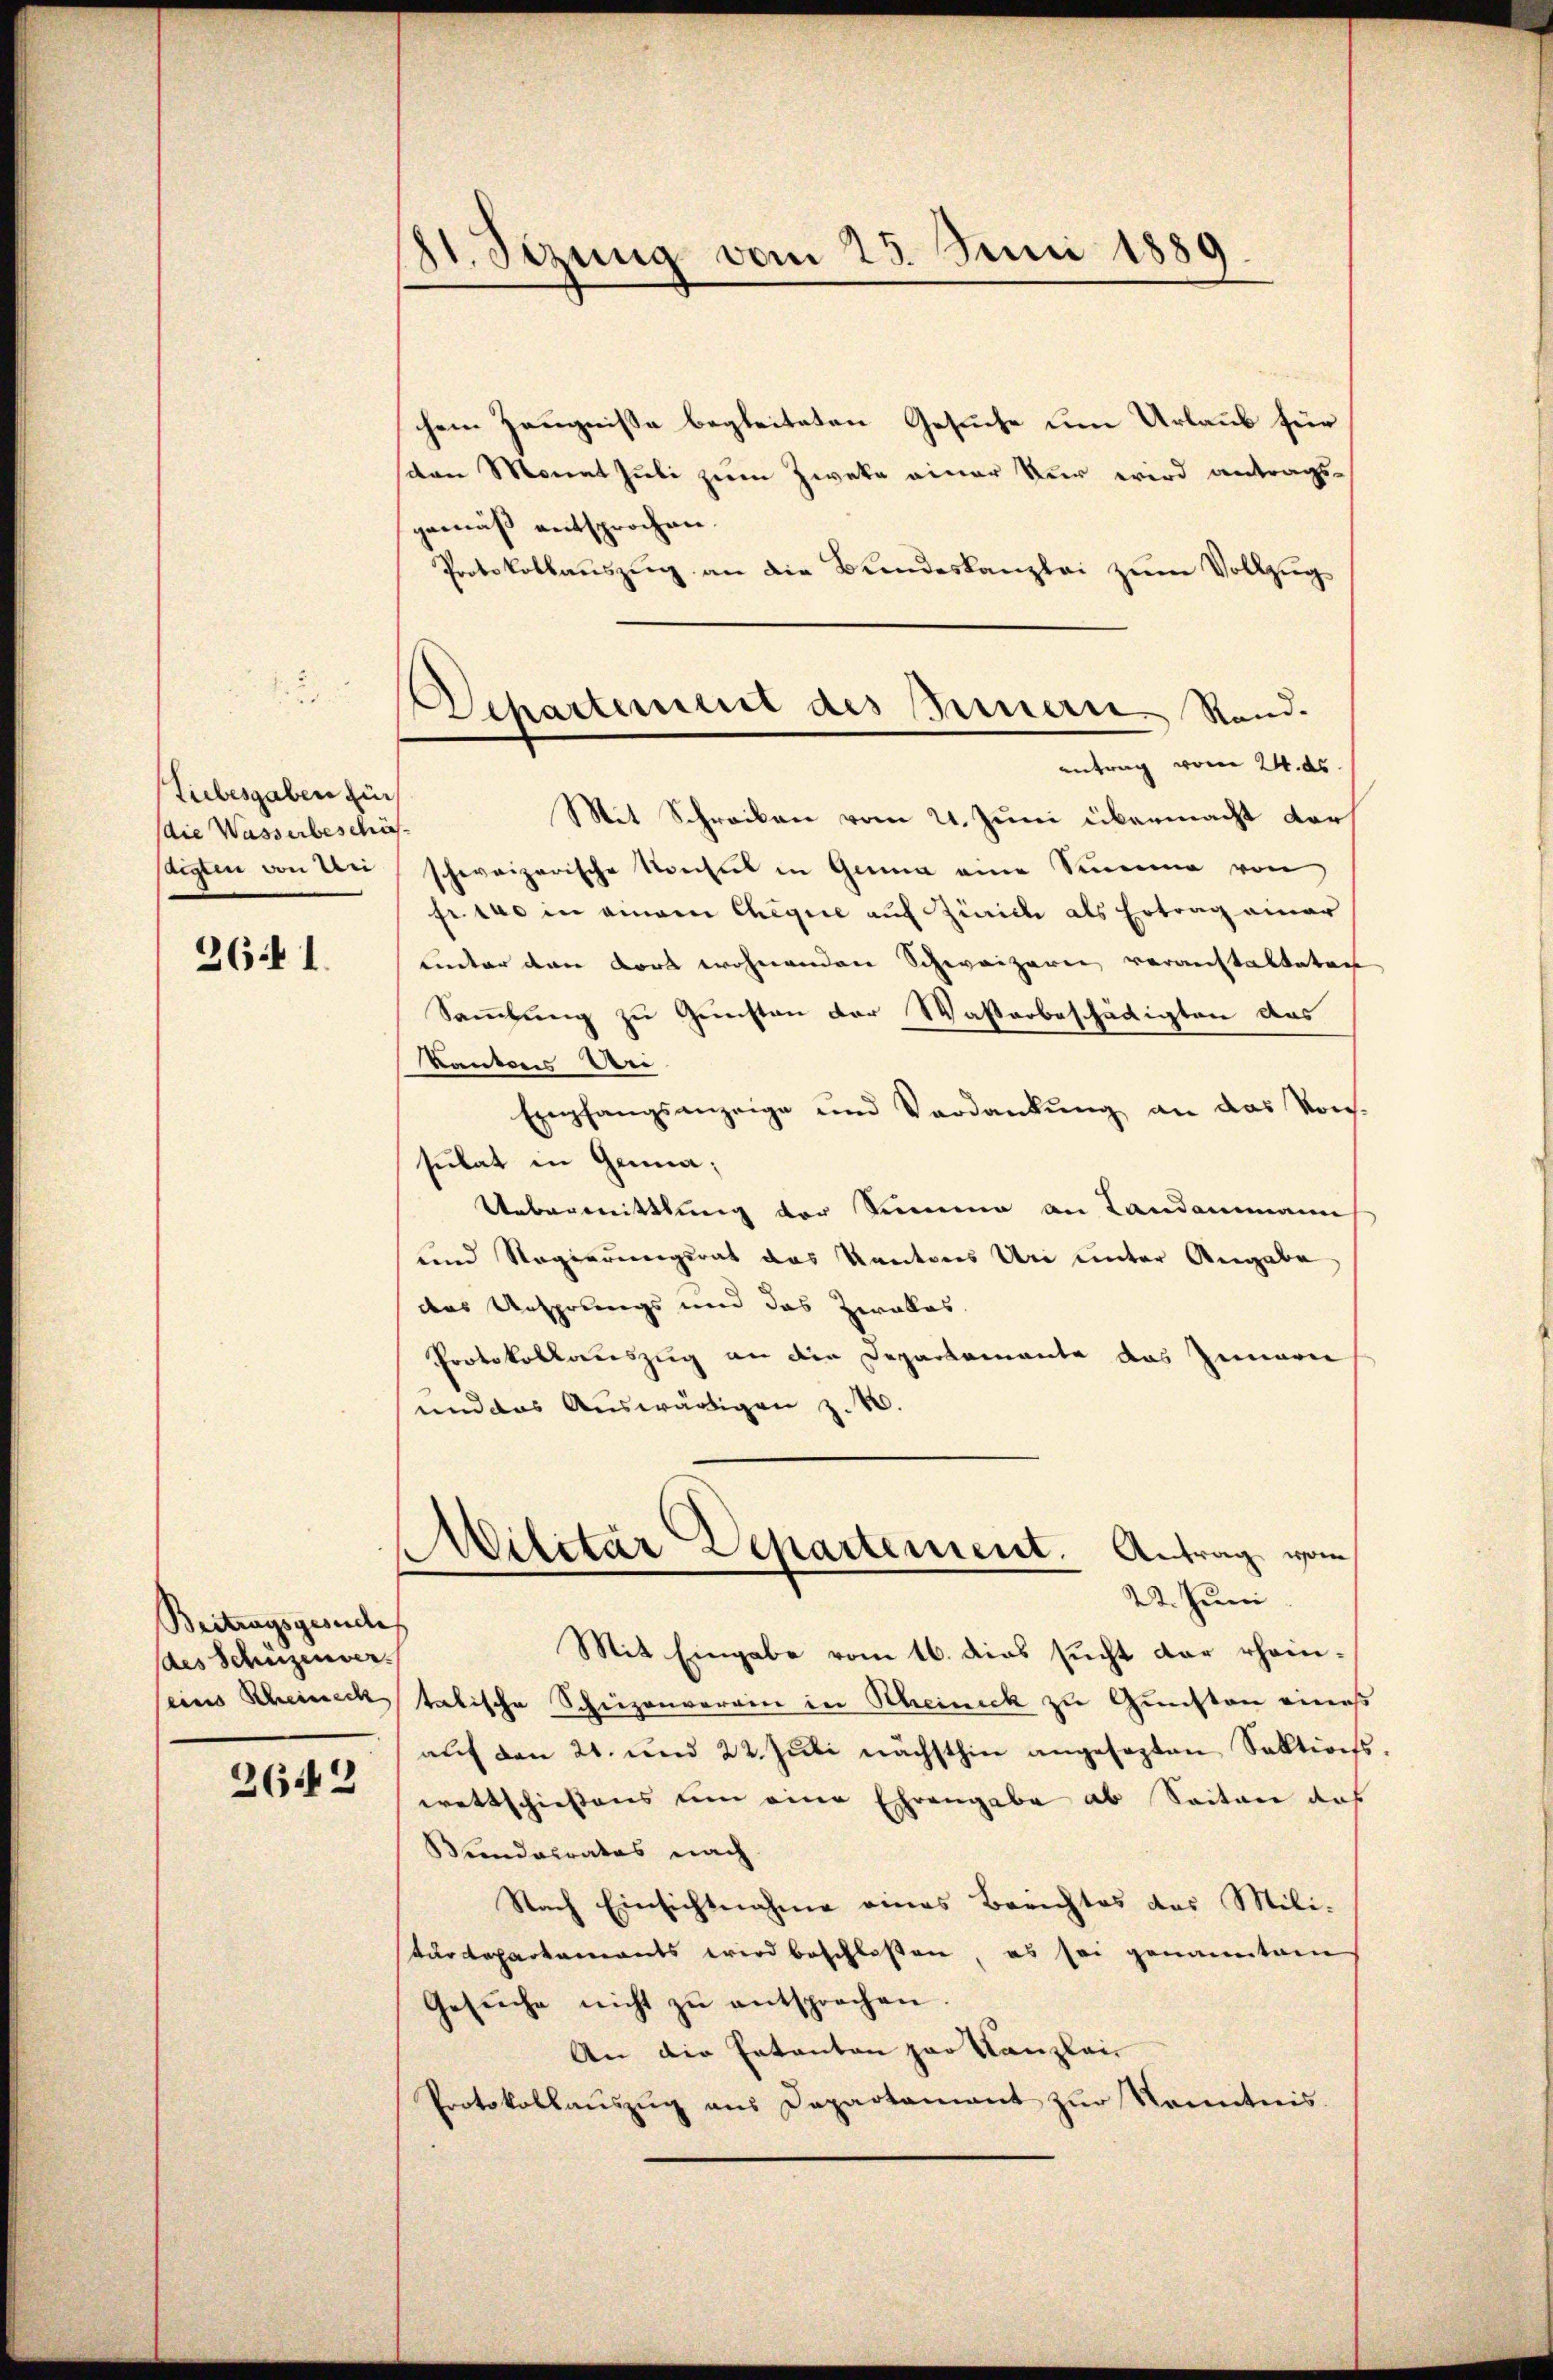
Tiebesgaben für
die Wasserbeschäfstigten von Uri

26f 1.

Beitragsgesuche
des Schüzenver
eins Scheineck

2642

81. Sizung vom 25. Juni 1889.

chem Zeugnisse begleiteten Gesuche um Urlaub für
den Monat Juli zum Zweke einer Kur wird antragsgemäß entsprochen.
Protokollauszug an die Bundeskanzlei zum Vollzug
Mit Schreiben vom 21. Juni übermacht der
schweizerische Konsul in Gema eine Summe von
fr. 10 in einem Chegnie auf Zinicke als Ertrag einer
unter den dort wohnenden Schweizerin veranstalteten
Sammlung zu Gunsten der Wasserbeschädigten das
Kantons Un
Empfangsanzeige und Verdankŭng an das von
sulat in Genua;
Uebermittlung der Summe an Landammann
und Regierungsrat das Kantons Uri unter Angabe
das Ursprungs und das Zeakas.
Protokollauszug an die Departemente das Innern
und das Auswärtigen z. B.
Militär Departement. Antrag vom
22. Juni
Mit Eingabe vom 16. dies sucht der rheintalische Schüzenverein in Scheinick zu Gunsten eine
auf den 21. und 22. Juli nächsthin angesezten Sektion
wettschiessens um eine Ehrengabe ab Seiten das
Bundesrates nach
Nach Einsichtnahme eines Berichtes des Mili-
tärdepartements wird beschloßen, es sei genanntem
Gesŭche nicht zŭ entsprochen
An die Entanton par Kanzlei
Protokollauszug aus Dapartament zur Kenntnis.

Departement des Bernern Rand.
antrag vom 24. ds